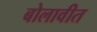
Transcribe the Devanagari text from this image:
बोलावीत